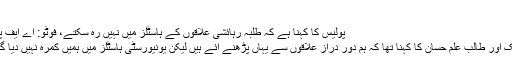
‘
پولیس کا کہنا ہے کہ طلبہ رہائشی علاقوں کے ہاسٹلز میں نہیں رہ سکتے، فوٹو: اے ایف پی
ایک اور طالب علم حسان کا کہنا تھا کہ ہم دور دراز علاقوں سے یہاں پڑھنے آئے ہیں لیکن یونیورسٹی ہاسٹلز میں ہمیں کمرہ نہیں دیا گیا۔